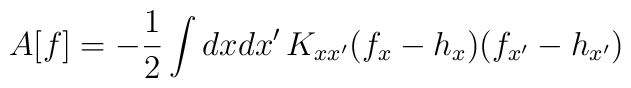
A[f] = -\frac{1}{2} \int dxdx'\, K_{xx'}(f_x-h_x)(f_{x'}-h_{x'})